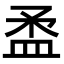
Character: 𥁪